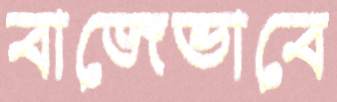
বাজেভাবে